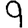
Digit: 9